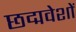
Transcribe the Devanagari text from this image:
छद्मवेशों